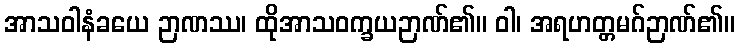
အာသဝါနံခယေ ဉာဏဿ၊ ထိုအာသဝက္ခယဉာဏ်၏။ ဝါ၊ အရဟတ္တမဂ်ဉာဏ်၏။